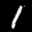
Label: 1